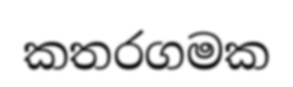
කතරගමක